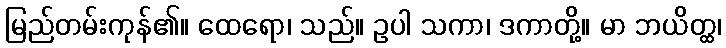
မြည်တမ်းကုန်၏။ ထေရော၊ သည်။ ဥပါ သကာ၊ ဒကာတို့။ မာ ဘယိတ္ထ၊